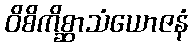
ဝိစိကိစ္ဆာသံယောဇနံ